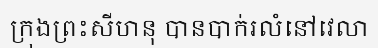
ក្រុងព្រះសីហនុ បានបាក់រលំនៅវេលា